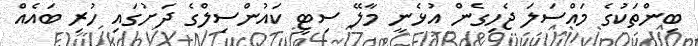
ބިންތަކުގެ މައްސަލަ ޖެހިގެން އުޅެނީ މާލޭ ސިޓީ ކައުންސިލްގެ ދަށުގައި ހުރި ބައެއް